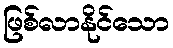
ဖြစ်လာနိုင်သော